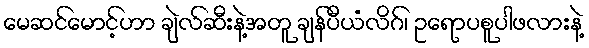
မေဆင်မောင့်ဟာ ချဲလ်ဆီးနဲ့အတူ ချန်ပီယံလိဂ်၊ ဥရောပစူပါဖလားနဲ့